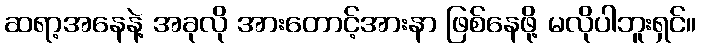
ဆရာ့အနေနဲ့ အခုလို အားတောင့်အားနာ ဖြစ်နေဖို့ မလိုပါဘူးရှင်။